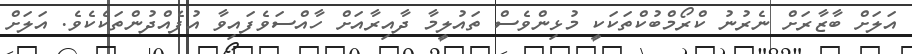
އަލަށް ބާޒާރަށް ނެރުނު ކްރޯމްބުކްތަކަކީ މުޅިންވެސް ތައުލީމާ ދާއިރާއަށް ހާއްސަވެފައިވާ އުފެއްދުންތަކެކެވެ. އަލަށް